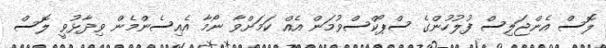
ލޮސް އެންޖަލިސް ފުލުހުންގެ ސްޕޯކްސްވުމަން އެއް ކަމަށްވާ ނޯމާ އެއިސެންމެން ވިދާޅުވީ ލޮސް